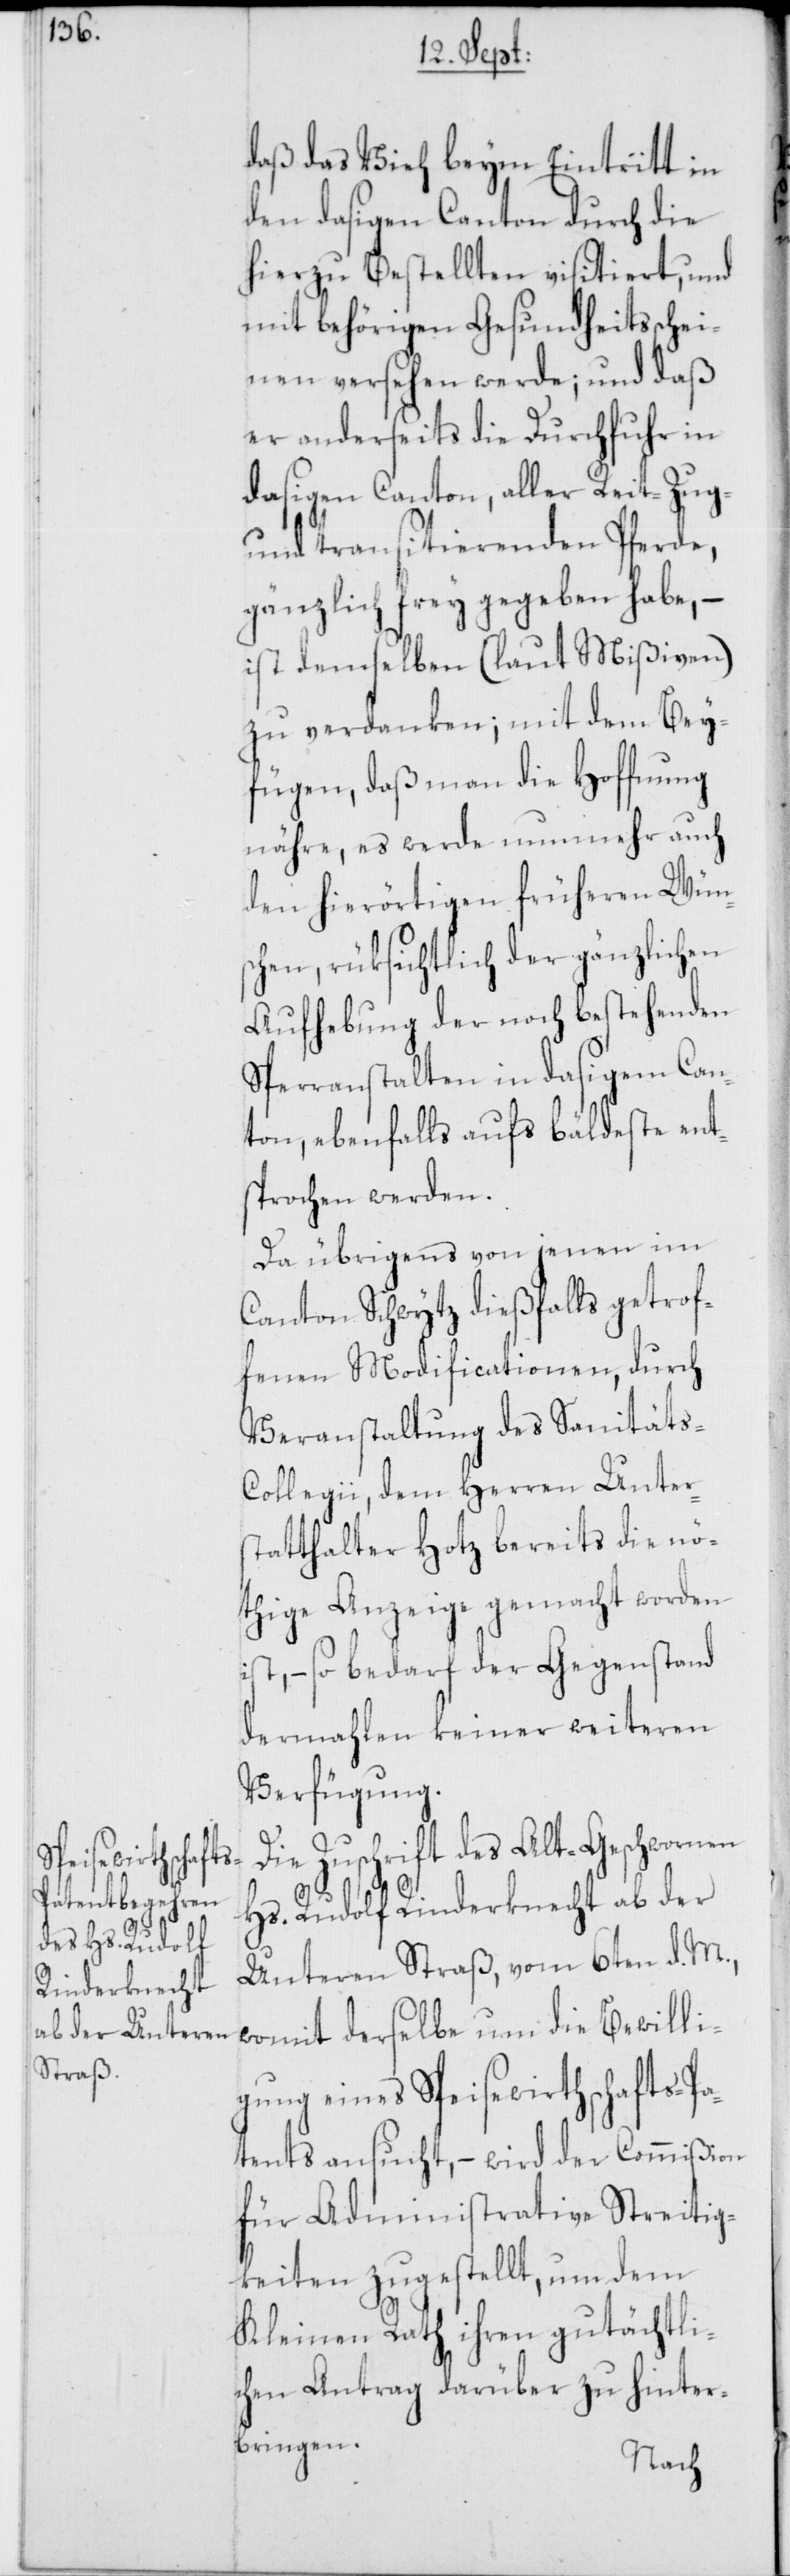
daß das Vieh beym Eintritt in
den dasigen Canton durch die
hierzu Bestellten visitiert, und
mit behörigen Gesundheitsschei¬
nen versehen werde; und daß
er anderseits die Durchfuhr in
dasigen Canton, aller Reit [,]
und transitierenden Pferde,
gänzlich frey gegeben habe, –
ist demselben (laut Mißiven)
zu verdanken; mit dem Bey¬
fügen, daß man die Hoffnung
nähre, es werde nunmehr auch
den hierörtigen früheren Wün¬
schen, rüksichtlich der gänzlichen
Aufhebung der noch bestehenden
Sperranstalten in dasigem Can¬
ton, ebenfalls aufs bäldeste ent¬
sprochen werden.
Da übrigens von jenen im
Canton Schwytz dießfalls getrof¬
fenen Modificationen, durch
Veranstaltung des Sanitäts-C¬
ollegii, dem Herren Unter¬
statthalter Hotz bereits die nö¬
thige Anzeige gemacht worden
ist, – so bedarf der Gegenstand
dermahlen keiner weiteren
Verfügung.
Die Zuschrift des Alt-Geschwornen
Hs. Rudolf Rinderknecht ab der
Unteren Straß, vom 6ten d. M.,
womit derselbe um die Bewilli¬
gung eines Speisewirthschafts-P¬
atents ansucht, – wird der Commißion
für Administrative Streitig¬
keiten zugestellt, um dem
Kleinen Rath ihren gutächtli¬
chen Antrag darüber zu hinter¬
bringen.